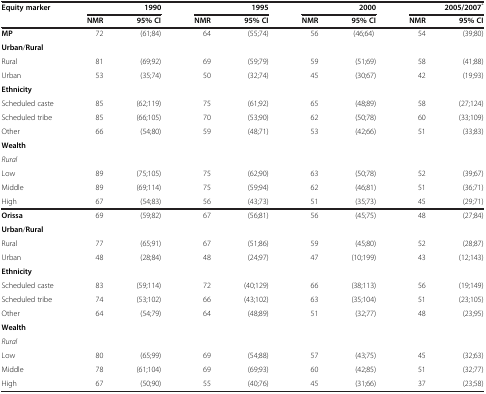
<table><thead><tr><td><b>Equity marker</b></td><td colspan="2"><b>1990</b></td><td colspan="2"><b>1995</b></td><td colspan="2"><b>2000</b></td><td colspan="2"><b>2005/2007<sup>*</sup></b></td></tr><tr><td><b> </b></td><td><b>NMR</b></td><td><b>95% CI</b></td><td><b>NMR</b></td><td><b>95% CI</b></td><td><b>NMR</b></td><td><b>95% CI</b></td><td><b>NMR</b></td><td><b>95% CI</b></td></tr></thead><tbody><tr><td><b>MP</b></td><td>72</td><td>(61;84)</td><td>64</td><td>(55;74)</td><td>56</td><td>(46;64)</td><td>54</td><td>(39;80)</td></tr><tr><td><b>Urban</b>/<b>Rural</b></td><td> </td><td> </td><td> </td><td> </td><td> </td><td> </td><td> </td><td> </td></tr><tr><td>Rural</td><td>81</td><td>(69;92)</td><td>69</td><td>(59;79)</td><td>59</td><td>(51;69)</td><td>58</td><td>(41;88)</td></tr><tr><td>Urban</td><td>53</td><td>(35;74)</td><td>50</td><td>(32;74)</td><td>45</td><td>(30;67)</td><td>42</td><td>(19;93)</td></tr><tr><td><b>Ethnicity</b></td><td> </td><td> </td><td> </td><td> </td><td> </td><td> </td><td> </td><td> </td></tr><tr><td>Scheduled caste</td><td>85</td><td>(62;119)</td><td>75</td><td>(61;92)</td><td>65</td><td>(48;89)</td><td>58</td><td>(27;124)</td></tr><tr><td>Scheduled tribe</td><td>85</td><td>(66;105)</td><td>70</td><td>(53;90)</td><td>62</td><td>(50;78)</td><td>60</td><td>(33;109)</td></tr><tr><td>Other</td><td>66</td><td>(54;80)</td><td>59</td><td>(48;71)</td><td>53</td><td>(42;66)</td><td>51</td><td>(33;83)</td></tr><tr><td><b>Wealth</b></td><td> </td><td> </td><td> </td><td> </td><td> </td><td> </td><td> </td><td> </td></tr><tr><td><i>Rural</i></td><td> </td><td> </td><td> </td><td> </td><td> </td><td> </td><td> </td><td> </td></tr><tr><td>Low</td><td>89</td><td>(75;105)</td><td>75</td><td>(62;90)</td><td>63</td><td>(50;78)</td><td>52</td><td>(39;67)</td></tr><tr><td>Middle</td><td>89</td><td>(69;114)</td><td>75</td><td>(59;94)</td><td>62</td><td>(46;81)</td><td>51</td><td>(36;71)</td></tr><tr><td>High</td><td>67</td><td>(54;83)</td><td>56</td><td>(43;73)</td><td>51</td><td>(35;73)</td><td>45</td><td>(29;71)</td></tr><tr><td><b>Orissa</b></td><td>69</td><td>(59;82)</td><td>67</td><td>(56;81)</td><td>56</td><td>(45;75)</td><td>48</td><td>(27;84)</td></tr><tr><td><b>Urban</b>/<b>Rural</b></td><td> </td><td> </td><td> </td><td> </td><td> </td><td> </td><td> </td><td> </td></tr><tr><td>Rural</td><td>77</td><td>(65;91)</td><td>67</td><td>(51;86)</td><td>59</td><td>(45;80)</td><td>52</td><td>(28;87)</td></tr><tr><td>Urban</td><td>48</td><td>(28;84)</td><td>48</td><td>(24;97)</td><td>47</td><td>(10;199)</td><td>43</td><td>(12;143)</td></tr><tr><td><b>Ethnicity</b></td><td> </td><td> </td><td> </td><td> </td><td> </td><td> </td><td> </td><td> </td></tr><tr><td>Scheduled caste</td><td>83</td><td>(59;114)</td><td>72</td><td>(40;129)</td><td>66</td><td>(38;113)</td><td>56</td><td>(19;149)</td></tr><tr><td>Scheduled tribe</td><td>74</td><td>(53;102)</td><td>66</td><td>(43;102)</td><td>63</td><td>(35;104)</td><td>51</td><td>(23;105)</td></tr><tr><td>Other</td><td>64</td><td>(54;79)</td><td>64</td><td>(48;89)</td><td>51</td><td>(32;77)</td><td>48</td><td>(23;95)</td></tr><tr><td><b>Wealth</b></td><td> </td><td> </td><td> </td><td> </td><td> </td><td> </td><td> </td><td> </td></tr><tr><td><i>Rural</i></td><td> </td><td> </td><td> </td><td> </td><td> </td><td> </td><td> </td><td> </td></tr><tr><td>Low</td><td>80</td><td>(65;99)</td><td>69</td><td>(54;88)</td><td>57</td><td>(43;75)</td><td>45</td><td>(32;63)</td></tr><tr><td>Middle</td><td>78</td><td>(61;104)</td><td>69</td><td>(69;93)</td><td>60</td><td>(42;85)</td><td>51</td><td>(32;77)</td></tr><tr><td>High</td><td>67</td><td>(50;90)</td><td>55</td><td>(40;76)</td><td>45</td><td>(31;66)</td><td>37</td><td>(23;58)</td></tr></tbody></table>